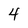
Character: 4